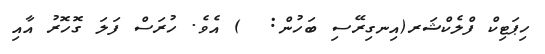
ހިޕަޓިކް ފްލެކްޝަރ(އިނގިރޭސި ބަހުން:  ) އެވެ. ހުރަސް ފަލަ ގޮހޮރު އާއި